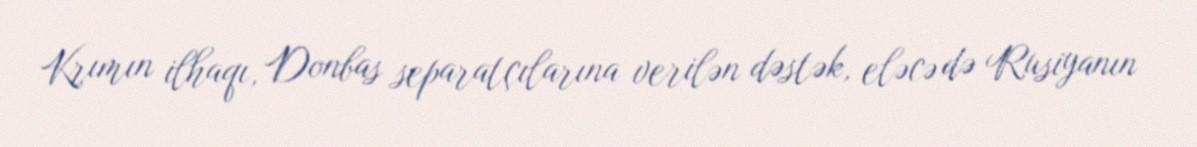
Krımın ilhaqı, Donbas separatçılarına verilən dəstək, eləcə də Rusiyanın